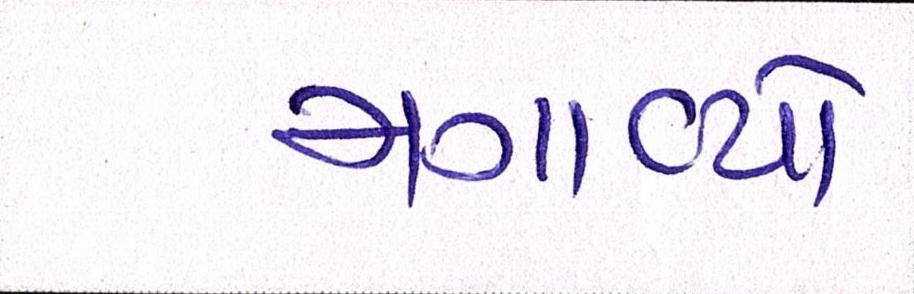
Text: મગાવ્યો